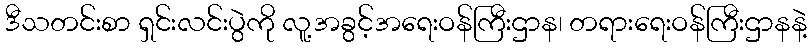
ဒီသတင်းစာ ရှင်းလင်းပွဲကို လူ့အခွင့်အရေးဝန်ကြီးဌာန၊ တရားရေးဝန်ကြီးဌာနနဲ့